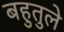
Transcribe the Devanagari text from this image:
बहुतुले